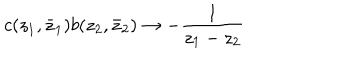
LaTeX: c ( z _ { 1 } , \bar { z } _ { 1 } ) b ( z _ { 2 } , \bar { z } _ { 2 } ) \rightarrow - \frac { 1 } { z _ { 1 } - z _ { 2 } }